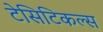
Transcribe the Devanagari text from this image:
टेसिटिकल्स